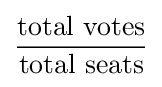
{\frac {\text{total votes}}{\text{total seats}}}